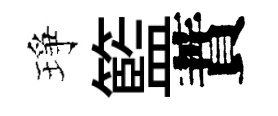
琤籃蕡